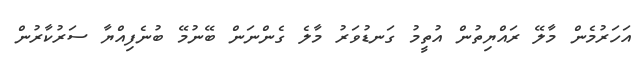
އަހަރުމެން މާލޭ ރައްޔިތުން އުތީމު ގަނޑުވަރު މާލެ ގެންނަން ބޭނުމޭ ބުނެފިއްޔާ ސަރުކާރުން